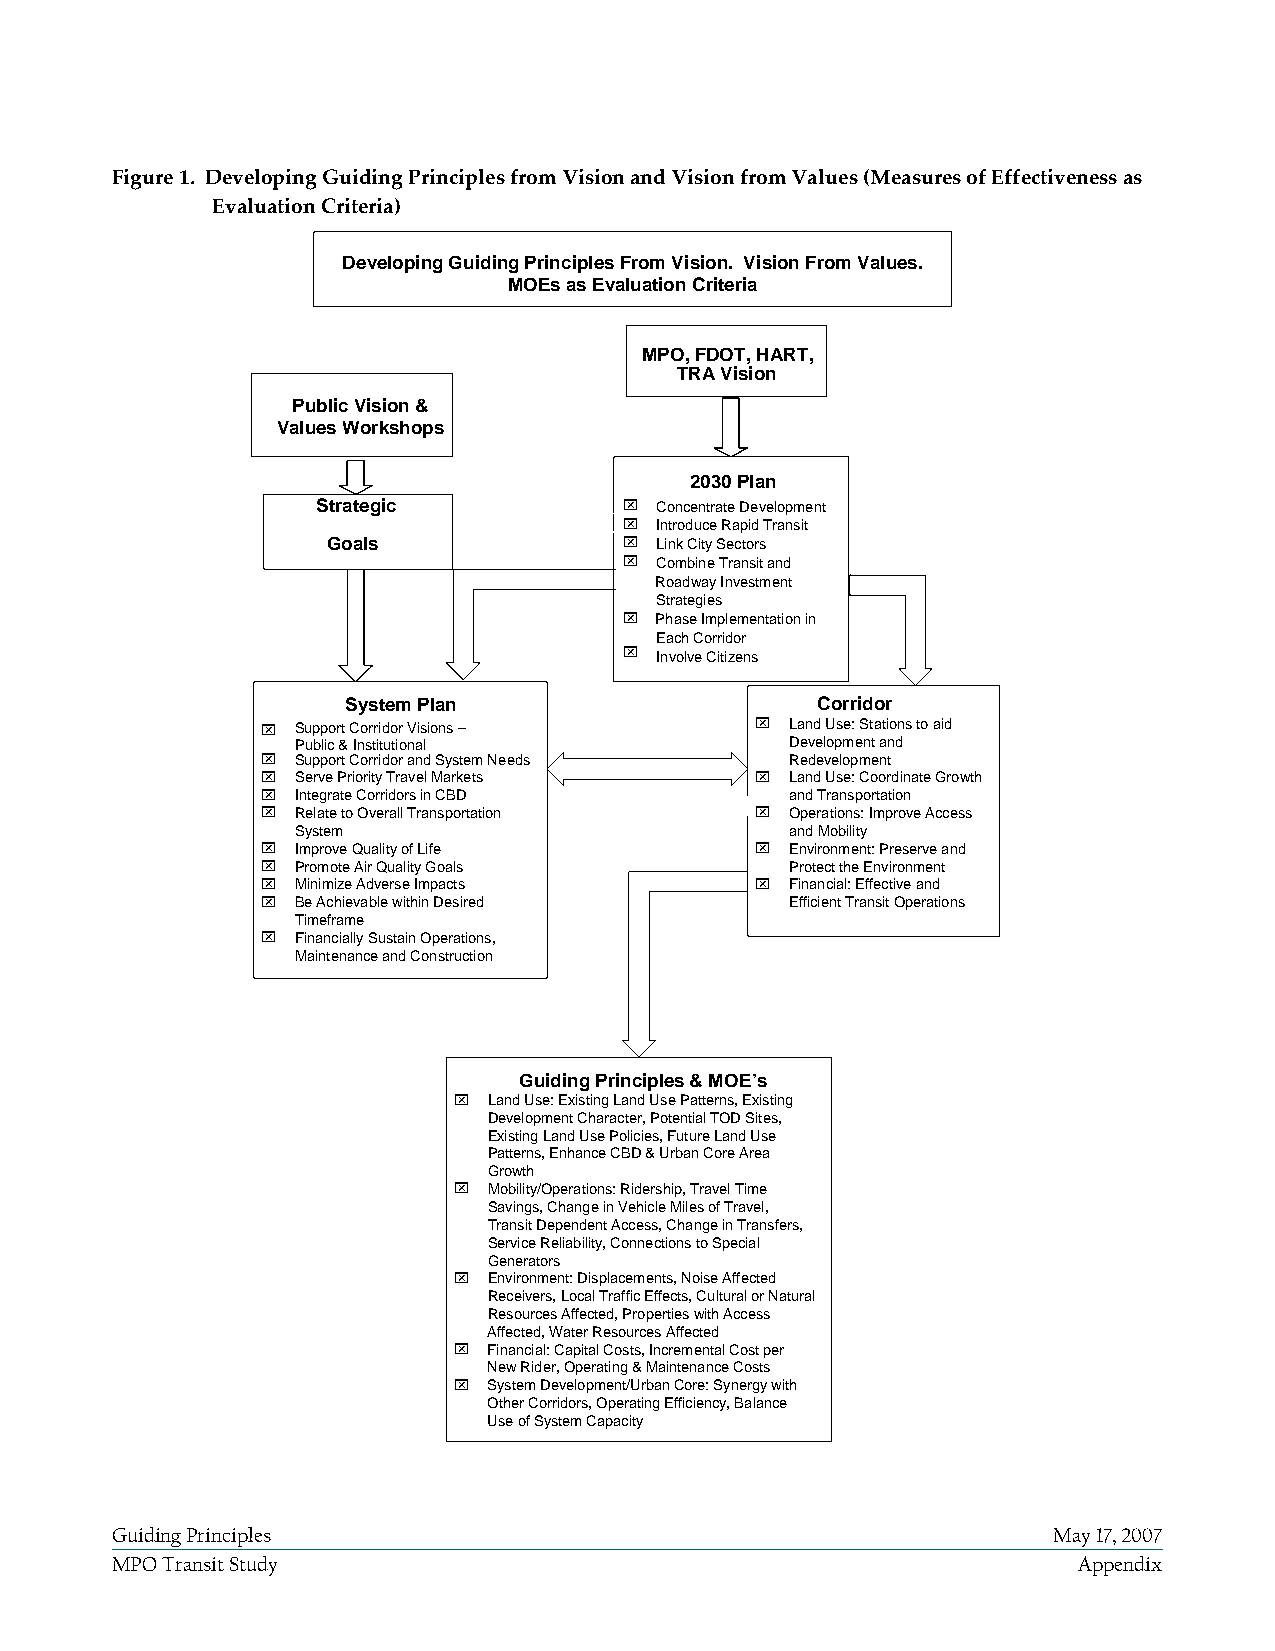
Figure 1. Developing Guiding Principles from Vision and Vision from Values (Measures of Effectiveness as
 Evaluation Criteria)
 Developing Guiding Principles From Vision. Vision From Values.
 MOEs as Evaluation Criteria
 MPO, FDOT, HART,
 TRA V ision
 Public Vision &
 Values Workshops
 2030 Plan
 Strategic           ⌧ Concentrate Development
 ⌧ Introduce Rapid Transit
 Goals              ⌧ Link City Sectors
 ⌧ Combine Transit and
 Roadway Investment
 Strategies
 ⌧ Phase Implementation in
 Each Corridor
 ⌧ Involve Citizens
 System Plan                    Corridor
 ⌧  Support Corridor Visions –    ⌧ Land Use: Stations to aid
 Public & Institutional          Development and
 ⌧  Support Corridor and System Needs Redevelopment
 ⌧  Serve Priority Travel Markets ⌧ Land Use: Coordinate Growth
 ⌧  Integrate Corridors in CBD      and Transportation
 ⌧  Relate to Overall Transportation ⌧ Operations: Improve Access
 System                          and Mobility
 ⌧  Improve Quality of Life       ⌧ Environment: Preserve and
 ⌧  Promote Air Quality Goals       Protect the Environment
 ⌧  Minimize Adverse Impacts      ⌧ Financial: Effective and
 ⌧  Be Achievable within Desired    Efficient Transit Operations
 Timeframe
 ⌧  Financially Sustain Operations,
 Maintenance and Construction
 Guiding Principles & MOE’s
 ⌧ Land Use: Existing Land Use Patterns, Existing
 Development Character, Potential TOD Sites,
 Existing Land Use Policies, Future Land Use
 Patterns, Enhance CBD & Urban Core Area
 Growth
 ⌧ Mobility/Operations: Ridership, Travel Time
 Savings, Change in Vehicle Miles of Travel,
 Transit Dependent Access, Change in Transfers,
 Service Reliability, Connections to Special
 Generators
 ⌧ Environment: Displacements, Noise Affected
 Receivers, Local Traffic Effects, Cultural or Natural
 Resources Affected, Properties with Access
 Affected, Water Resources Affected
 ⌧ Financial: Capital Costs, IncrementalCost per
 New Rider, Operating & Maintenance Costs
 ⌧ System Development/Urban Core: Synergy with
 Other Corridors, Operating Efficiency, Balance
 Use of System Capacity
 Guiding Principles                                             May 17, 2007
 MPO Transit Study                                               Appendix